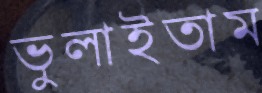
ভুলাইতাম